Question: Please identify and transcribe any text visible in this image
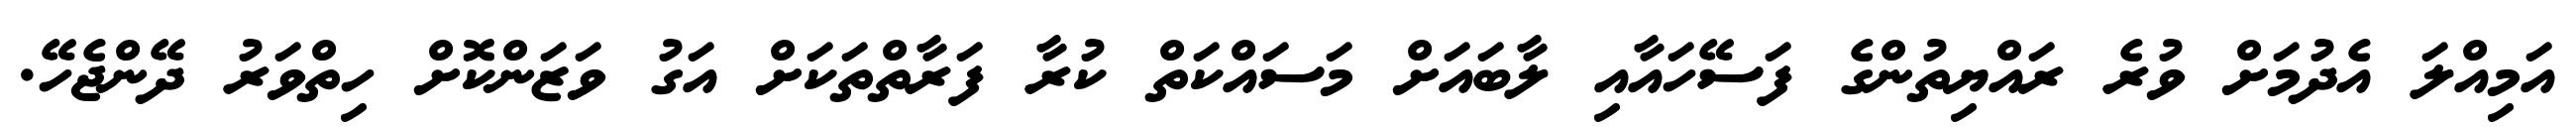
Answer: އަމިއްލަ އެދުމަށް ވުރެ ރައްޔިތުންގެ ފަސޭހައާއި ލާބައަށް މަސައްކަތް ކުރާ ފަރާތްތަކަށް އަގު ވަޒަންކޮށް ހިތްވަރު ދޭންޖެހޭ.